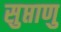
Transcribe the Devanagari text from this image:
सुप्ताणु